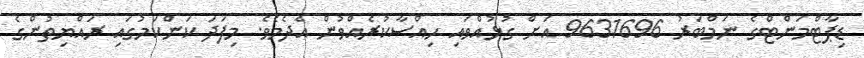
ޑިޕާޓްމަންޓްގެ ނަމްބަރު 9631696 އަށް ގުޅުއްވައި ހިއްސާކުރެއްވުން އެދެމެވެ. މިފަދަ ކަންކަމުގައި ރައްޔިތުންގެ